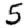
Digit: 5